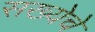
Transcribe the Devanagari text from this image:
सख्येचे